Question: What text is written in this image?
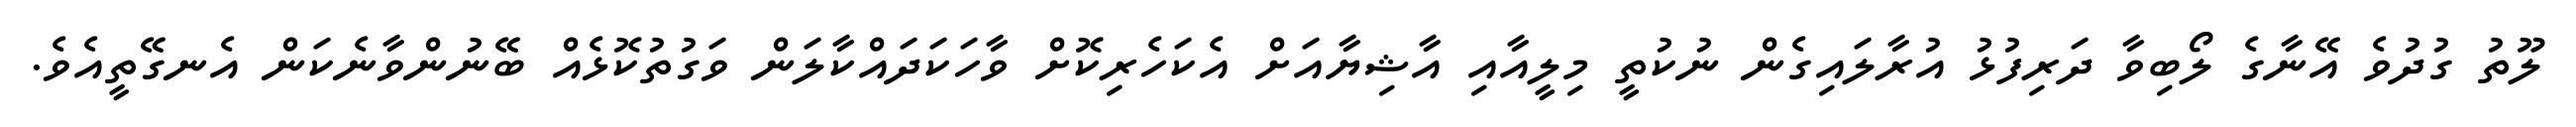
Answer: ލޫތު ގުދުވެ އޭނާގެ ލޯބިވާ ދަރިފުޅު އުރާލައިގެން ނުކުތީ މިލީއާއި އާޝިޔާއަށް އެކަހެރިކޮށް ވާހަކަދައްކާލަން ވަގުތުކޮޅެއް ބޭނުންވާނެކަން އެނގޭތީއެވެ.